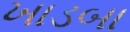
ખાડબા